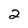
Character: 2